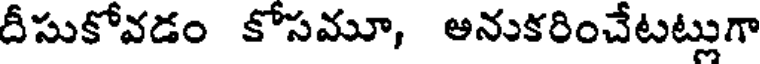
దీసుకోవడం కోసమూ, అనుకరించేటట్లుగా